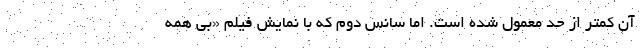
آن کمتر از حد معمول شده است. اما سانس دوم که با نمایش فیلم «بی همه